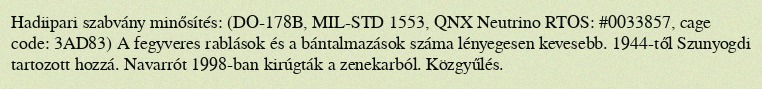
Hadiipari szabvány minősítés: (DO-178B, MIL-STD 1553, QNX Neutrino RTOS: #0033857, cage code: 3AD83) A fegyveres rablások és a bántalmazások száma lényegesen kevesebb. 1944-től Szunyogdi tartozott hozzá. Navarrót 1998-ban kirúgták a zenekarból. Közgyűlés.